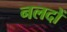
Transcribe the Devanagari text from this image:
नलदों